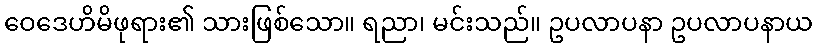
ဝေဒေဟိမိဖုရား၏ သားဖြစ်သော။ ရညာ၊ မင်းသည်။ ဥပလာပနာ ဥပလာပနာယ